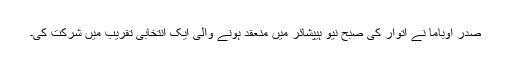
صدر اوباما نے اتوار کی صبح نیو ہیپشائر میں منعقد ہونے والی ایک انتخابی تقریب میں شرکت کی۔